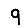
Digit: 9